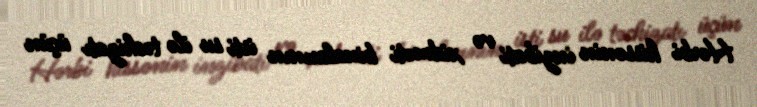
Hərbi hissənin inzibati və xidməti binalarının isti su ilə təchizatı üçün